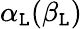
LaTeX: \alpha_{\mathtt{L}}(\beta_{\mathtt{L}})